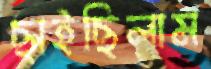
ছাইছিলাম